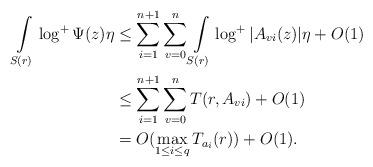
LaTeX: \begin{align*}\int\limits_{S(r)} \log^+\Psi (z) \eta &\le \sum_{i=1}^{n+1}\sum_{v=0}^n \int\limits_{S(r)}\log^+|A_{vi}(z)|\eta+O(1)\\&\le \sum_{i=1}^{n+1}\sum_{v=0}^n T(r,A_{vi}) +O(1)\\&= O(\max_{1\le i\le q}T_{a_i}(r))+O(1).\end{align*}